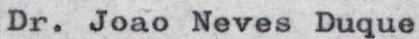
Dr. Joao Neves Duque